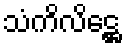
သံကိလိဋ္ဌေ